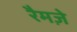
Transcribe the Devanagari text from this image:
रैमज़े